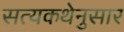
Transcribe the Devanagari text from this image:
सत्यकथेनुसार